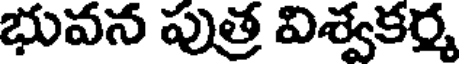
భువన పుత్ర విశ్వకర్మ